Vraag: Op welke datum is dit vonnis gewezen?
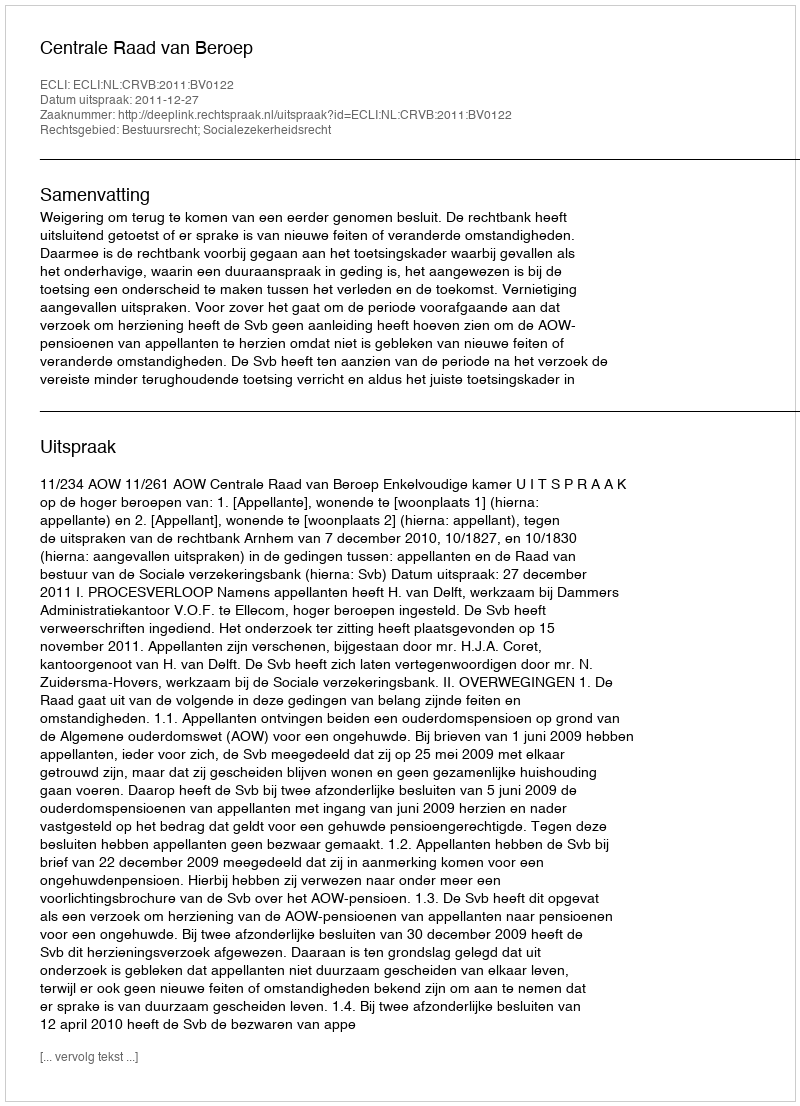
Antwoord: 2011-12-27